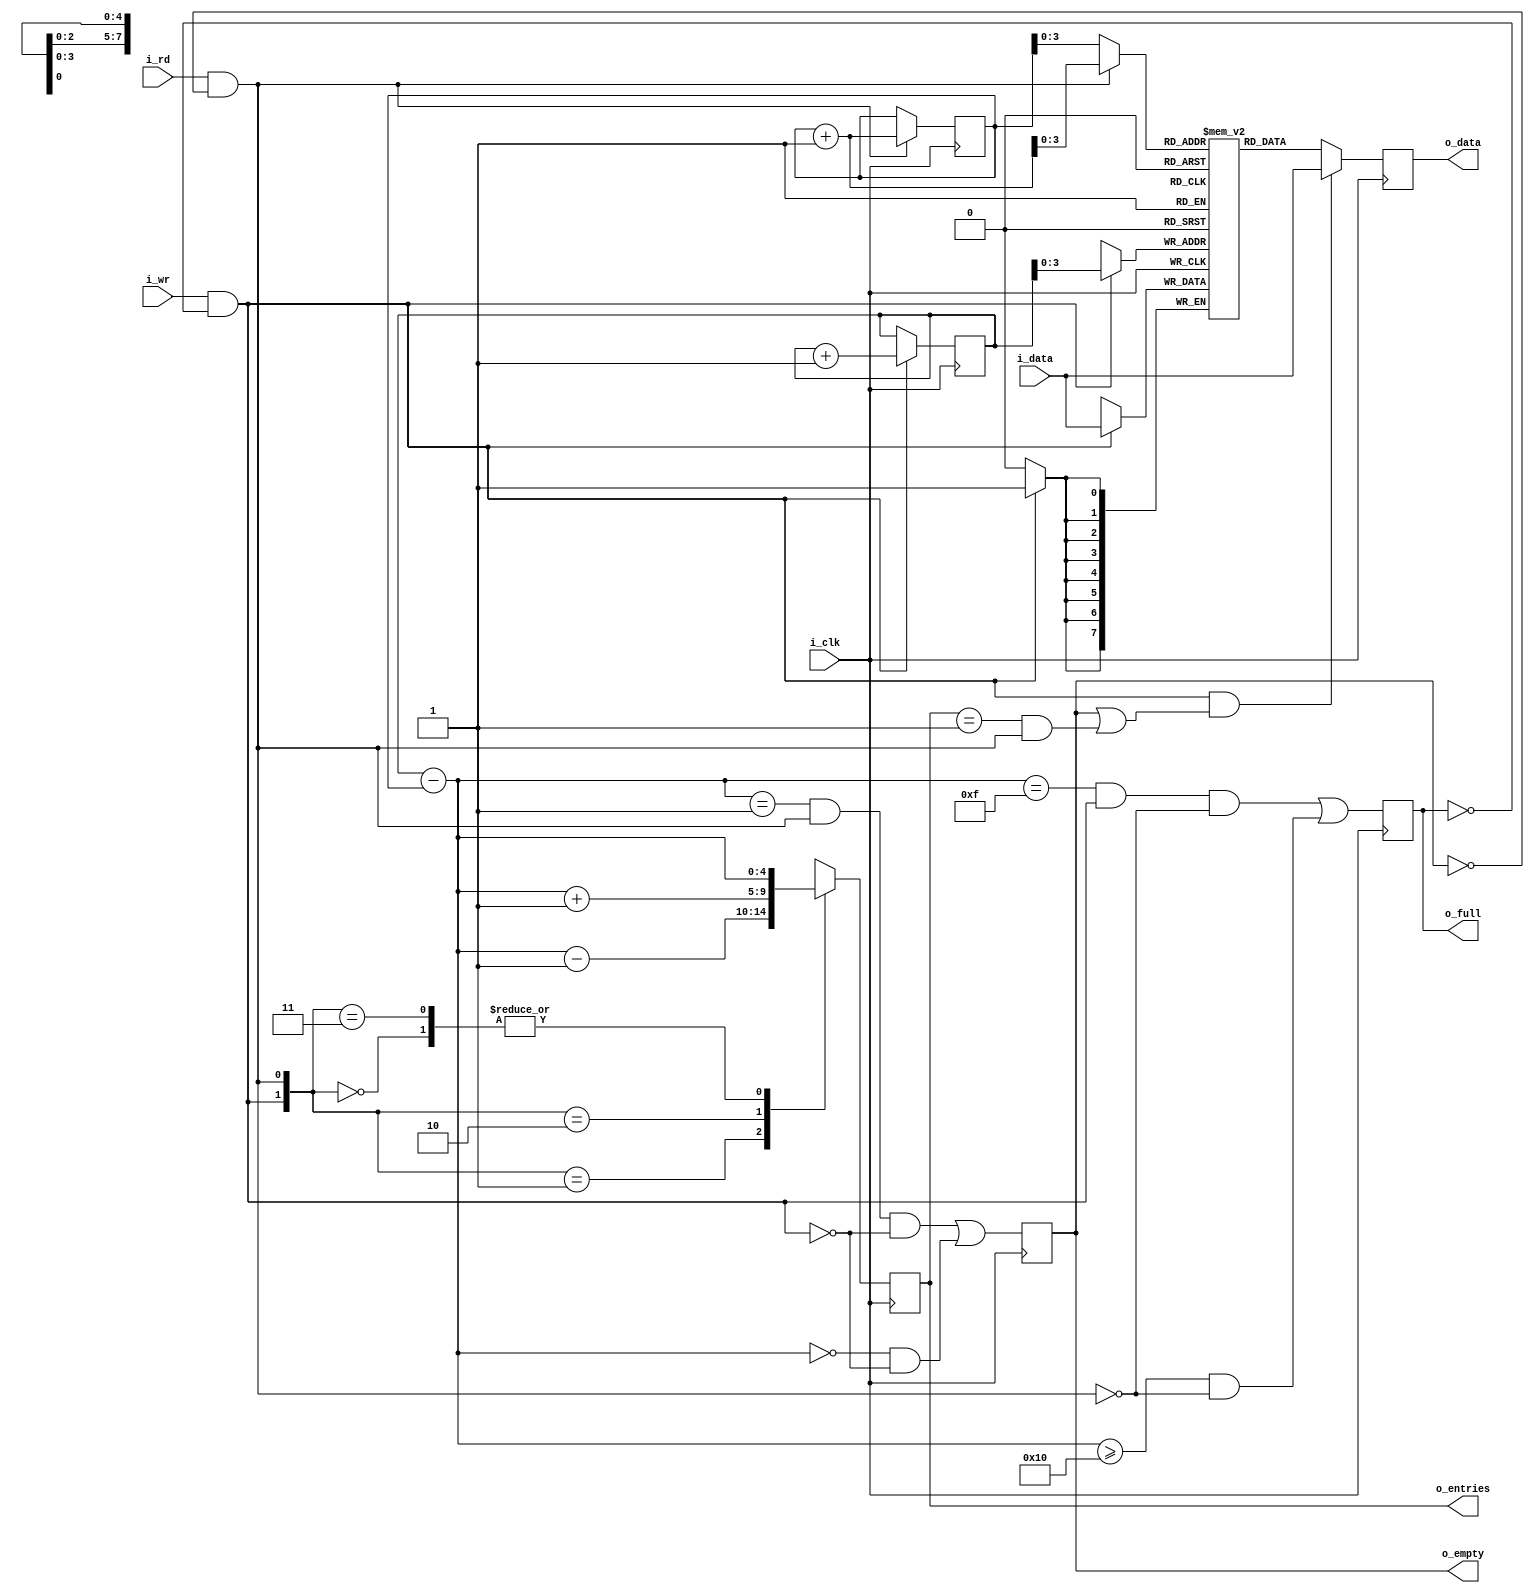
`default_nettype none


module sfifo #(
	parameter FIFO_WIDTH = 8,
	parameter LOG_FIFO_DEPTH = 4)
	
	(
	input wire i_clk,
	input wire i_wr,
	input wire i_rd,
	input wire [FIFO_WIDTH - 1:0] i_data,
	output reg o_full,
	output reg o_empty,
	output reg [LOG_FIFO_DEPTH:0] o_entries,
	output reg [FIFO_WIDTH - 1:0] o_data
);

	reg [LOG_FIFO_DEPTH:0] rd_addr, wr_addr;
	/* verilator lint_off UNUSED */
	reg [LOG_FIFO_DEPTH:0] rd_addr_final;
	/* verilator lint_on UNUSED */
	wire rd_req, wr_req;

	assign rd_req = i_rd && (!o_empty);
	assign wr_req = i_wr && (!o_full);

	// Now rd_addr has to point to next read
	initial
		rd_addr = 0;
	always @(posedge i_clk) begin
		if (rd_req)
			rd_addr <= rd_addr + 1;
	end

	initial
		wr_addr = 0;
	always @(posedge i_clk) begin
		if (wr_req)
			wr_addr <= wr_addr + 1;
	end

	// MEMORY SECTION
	reg [FIFO_WIDTH - 1:0] fifo_mem [(1 << LOG_FIFO_DEPTH) - 1 :0];
	always @(posedge i_clk)
		if (wr_req)
			fifo_mem[wr_addr[LOG_FIFO_DEPTH - 1:0]] <= i_data;

	// Read address should point to next data
	wire [LOG_FIFO_DEPTH:0] entries;
	always @(*)
		rd_addr_final = rd_req ? (rd_addr + 1) : rd_addr;
	always @(posedge i_clk)
		// This case comes when wr_req is given when entries either
		// 0 or 1 becuase in next cycle input data has to be shown
		if (wr_req && (o_empty || ((o_entries == 1) && rd_req)))
			o_data <= i_data;
		else
			o_data <= fifo_mem[rd_addr_final[LOG_FIFO_DEPTH - 1:0]];

	assign entries = wr_addr - rd_addr;

	initial
		o_entries = 0;
	always @(posedge i_clk) begin
		case ({wr_req, rd_req})
			2'b00 : o_entries <= entries;
			2'b01 : o_entries <= entries - 1;
			2'b10 : o_entries <= entries + 1;
			2'b11 : o_entries <= entries;
		endcase
	end

	// updates at next cycle, Situation can be write with FULL-1 entry and
	// no read or FULL entries with no read
	initial
		o_full = 0;
	always @(posedge i_clk)
		o_full <= ((entries == {1'b0, {(LOG_FIFO_DEPTH){1'b1}}}) && wr_req && !rd_req) || ((entries >= {1'b1, {(LOG_FIFO_DEPTH){1'b0}}}) && !rd_req);

	// updates at next cycle, Situation can be read with 1 entry no write or 0 entry with no write 
	initial
		o_empty = 1;
	always @(posedge i_clk)
		o_empty <= ((entries == 1) && rd_req && !wr_req) || ((entries == 0) && !wr_req);

	`ifdef FORMAL
		reg f_past_valid;
		initial
			f_past_valid = 0;
		always @(posedge i_clk)
			f_past_valid <= 1'b1;

		always @(*)
			assert (o_entries == entries);

		always @(*)
			assert (o_entries <= (1 << LOG_FIFO_DEPTH));

		always @(*)
			if (o_entries >= (1 << LOG_FIFO_DEPTH))
				assert (o_full);
		
		always @(*)
			if (o_entries == 0)
				assert (o_empty);

		reg [FIFO_WIDTH - 1:0] past_memdata;
		always @(posedge i_clk) begin
			past_memdata <= fifo_mem[(wr_addr[LOG_FIFO_DEPTH - 1:0])];
			if (f_past_valid && $past(o_full)) begin
				assert (past_memdata == fifo_mem[(wr_addr[LOG_FIFO_DEPTH - 1:0])]);
			end

			if (f_past_valid && $past(o_empty))
				assert($stable(rd_addr));
			
			if (f_past_valid && $past(o_full))
				assert($stable(wr_addr));
		end

		//Formal Contract
		// Write two values, read back again in order
		
		(* anyconst *) reg [LOG_FIFO_DEPTH:0] f_first_data_addr;
		reg [LOG_FIFO_DEPTH:0] f_second_data_addr;
		(* anyconst *) reg [LOG_FIFO_DEPTH-1:0] f_diff_addr;
		(* anyconst *) reg [FIFO_WIDTH - 1:0] f_first_data, f_second_data;

		// check addr is inside the fifo
		reg f_first_data_addr_inside_fifo;
		reg f_second_data_addr_inside_fifo;
		always @(*) begin
			assume (f_diff_addr > 0); // has to be neither 0 or contract test is invalid
			f_first_data_addr_inside_fifo = ((o_entries != 0) && ((f_first_data_addr - rd_addr) < o_entries));
			f_second_data_addr_inside_fifo = ((o_entries != 0) && ((f_second_data_addr - rd_addr) < o_entries));
			f_second_data_addr = f_first_data_addr + {1'b0, f_diff_addr};
			// has to be less than 2 ^ LOG_FIFO_DEPTH because it is impossible to write second after first without reading first in between
		end

		reg [1:0] f_contract_state;
		reg f_finish;
		initial begin
			f_contract_state = 0;
			f_finish = 0;
		end

		always @(posedge i_clk) begin
			case (f_contract_state)
				2'h00: begin
					// first data written
					if ((wr_req == 1'b1) && (wr_addr == f_first_data_addr) && (i_data == f_first_data))
						f_contract_state <= 2'd1;
				end
				2'h01: begin
					// if first data read before the
					// second data written
					if ((rd_req == 1'b1) && (rd_addr == f_first_data_addr)) begin
						assert(o_data == f_first_data);
						f_contract_state <= 2'd0;
					end
					// second data is written
					else if ((wr_req == 1'b1) && (wr_addr == f_second_data_addr) && (i_data == f_second_data)) begin
						f_contract_state <= 2'd2;
					end
				end
				2'h02: begin
					// first data read
					if ((rd_req == 1'b1) && (rd_addr == f_first_data_addr)) begin
						assert (o_data == f_first_data);
						f_contract_state <= 2'd3;
					end
				end
				2'h03: begin
					if (!f_finish && (rd_req == 1'b1) && (rd_addr == f_second_data_addr)) begin
						assert (o_data == f_second_data);
						f_finish <= 1'b1;
					end
				end

			endcase
		end

		always @(*) begin
			case (f_contract_state)
				2'h1: begin
					assert (f_first_data_addr_inside_fifo);
					assert (fifo_mem[f_first_data_addr[LOG_FIFO_DEPTH-1:0]] == f_first_data);
				end
				2'h2 : begin
					assert (f_first_data_addr_inside_fifo);
					assert (fifo_mem[f_first_data_addr[LOG_FIFO_DEPTH-1:0]] == f_first_data);
					assert (f_second_data_addr_inside_fifo);
					assert (fifo_mem[f_second_data_addr[LOG_FIFO_DEPTH-1:0]] == f_second_data);
				end
				2'h3 : begin
					if (f_finish == 1'b0) begin
						assert (f_second_data_addr_inside_fifo);
						assert (fifo_mem[f_second_data_addr[LOG_FIFO_DEPTH-1:0]] == f_second_data);
					end
				end
			endcase
		end

		reg f_was_full;
		initial
			f_was_full = 0; 
		always @(posedge i_clk)
			if (o_full)
				f_was_full <= 1'b1;
		always @(posedge i_clk)
			cover (f_finish);
		always @(posedge i_clk)
			cover (f_past_valid && $fell(o_full));
		always @(posedge i_clk)
			cover (f_past_valid && f_was_full && $fell(o_empty));
	`endif

endmodule